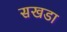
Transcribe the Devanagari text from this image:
सखडा